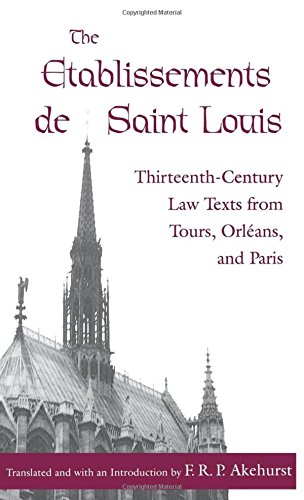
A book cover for The Etablissements de Saint Louis: Thirteenth-Century Law Texts from Tours, Orleans, and Paris (The Middle Ages Series); Law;